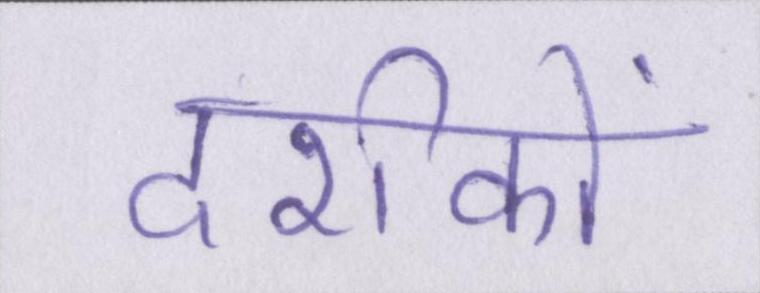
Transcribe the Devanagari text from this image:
दर्शकों